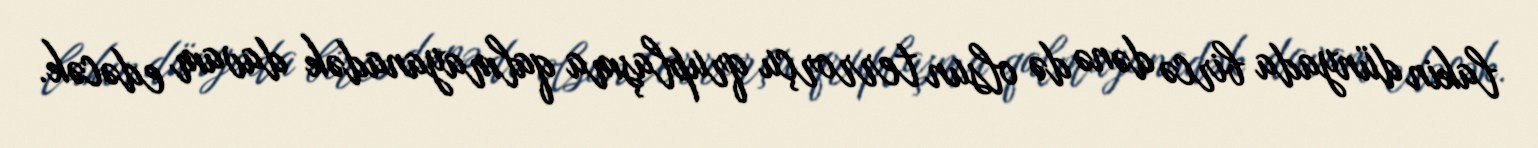
lakin dünyada bircə dənə də olsun terrorçu qruplaşma qalmayanadək davam edəcək.